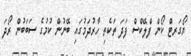
ޔޯގަރޓް ކޯން ފްލޭކްސް ފަދަ ތަކެތި ހާރުދަމުގައި ބޭނުން ކުމުގެ ސަބަބުން ރޯދަ